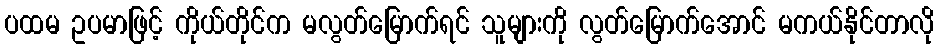
ပထမ ဥပမာဖြင့် ကိုယ်တိုင်က မလွတ်မြောက်ရင် သူများကို လွတ်မြောက်အောင် မကယ်နိုင်တာလို